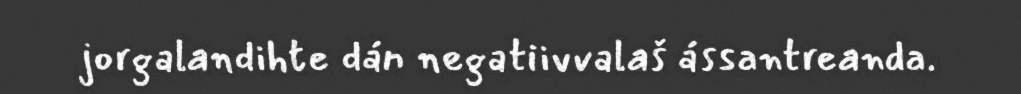
jorgalandihte dán negatiivvalaš ássantreanda.